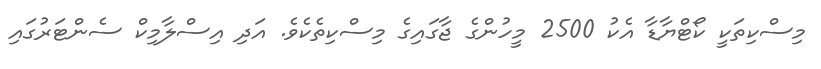
މިސްކިތަކީ ކޯޓްޔާޑާ އެކު 2500 މީހުންގެ ޖާގައިގެ މިސްކިތެކެވެ. އަދި އިސްލާމިކް ސެންޓަރުގައި